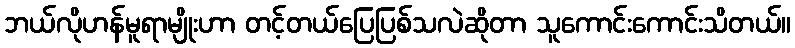
ဘယ်လိုဟန်မူရာမျိုးဟာ တင့်တယ်ပြေပြစ်သလဲဆိုတာ သူကောင်းကောင်းသိတယ်။